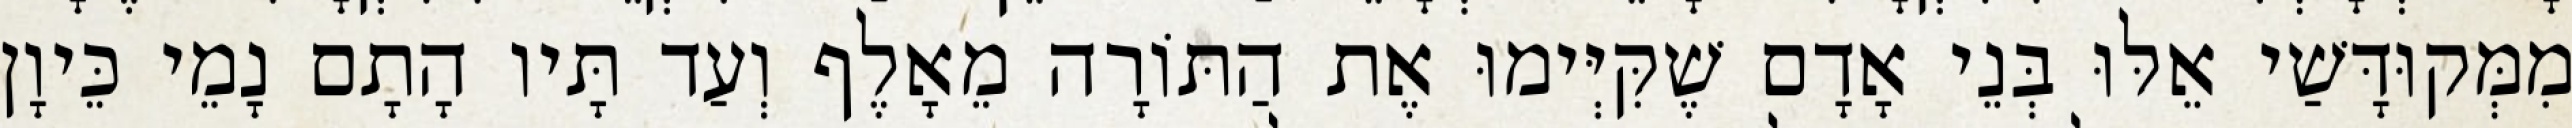
מִמְּקוּדָּשַׁי אֵלּוּ בְּנֵי אָדָם שֶׁקִּיְּימוּ אֶת הַתּוֹרָה מֵאָלֶף וְעַד תָּיו הָתָם נָמֵי כֵּיוָן